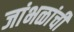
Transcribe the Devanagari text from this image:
जांभळांची